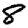
Digit: 8